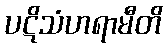
ပဋိသံဟရာမီတိ